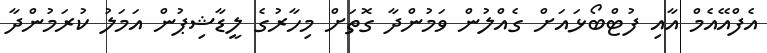
އެފްއޭއެމް އާއި ފުޓްބޯޅައަށް ގެއްލުން ވަމުންދާ ގޮތަށް މިހާރުގެ ލީޑާޝިޕުން އަމަލު ކުރަމުންދާ